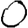
Digit: 0